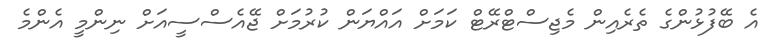
އެ ބޭފުޅުންގެ ތެރެއިން މެޖިސްޓްރޭޓް ކަމަށް އައްޔަން ކުރުމަށް ޖޭއެސްސީއަށް ނިންމީ އެންމެ